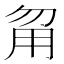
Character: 甮